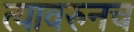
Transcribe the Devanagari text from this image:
त्यावरुनच